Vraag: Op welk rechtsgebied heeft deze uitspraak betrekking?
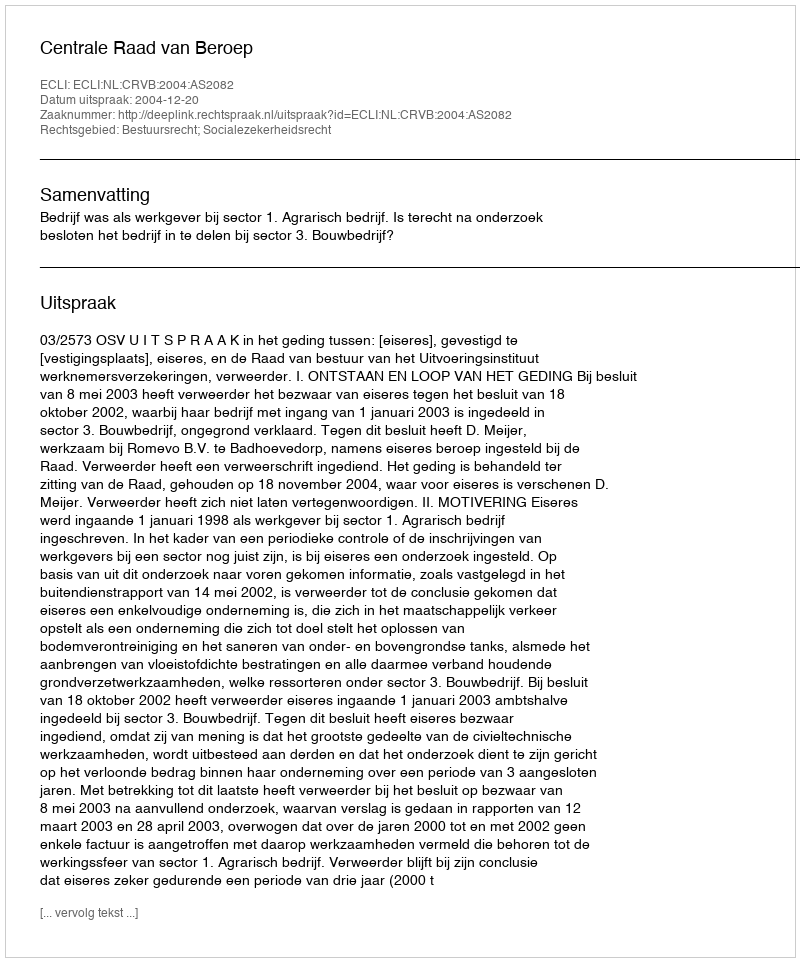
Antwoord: Bestuursrecht; Socialezekerheidsrecht